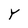
Character: Y